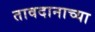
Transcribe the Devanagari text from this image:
तावदानाच्या